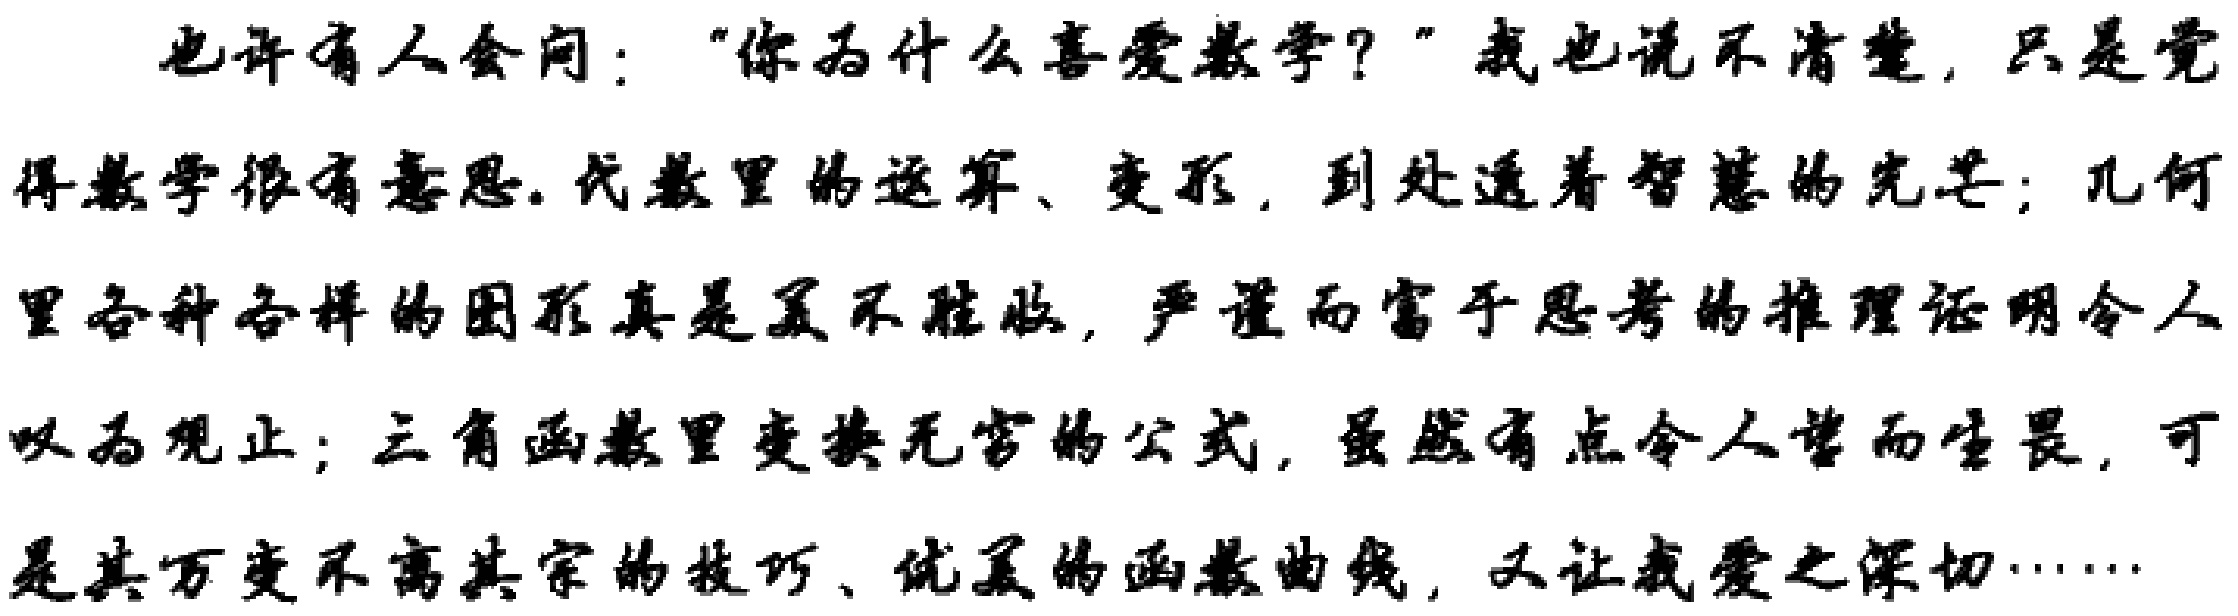
也许有人会问：“你为什么喜爱数学？”我也说不清楚，只是觉得数学很有意思. 代数里的运算、变形，到处透着智慧的光芒；几何里各种各样的图形真是美不胜收，严谨而富于思考的推理证明令人叹为观止；三角函数里变换无穷的公式，虽然有点令人望而生畏，可是其万变不离其宗的技巧、优美的函数曲线，又让我爱之深切……